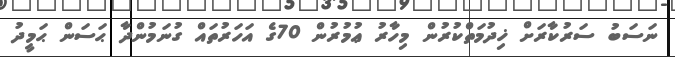
ނަސަބު ސަރުކާރަށް ޚިދުމަތްކުރުން މިހާރު ޢުމުރުން 70ގެ އަހަރުތައް ގުނަމުންދާ ޙަސަން ޙަމީދު